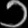
Digit: ၁